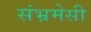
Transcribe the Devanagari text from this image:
संभ्रमेसी